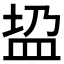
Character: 𱲎